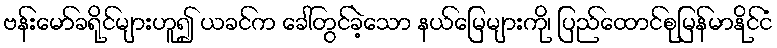
ဗန်းမော်ခရိုင်များဟူ၍ ယခင်က ခေါ်တွင်ခဲ့သော နယ်မြေများကို၊ ပြည်ထောင်စုမြန်မာနိုင်ငံ